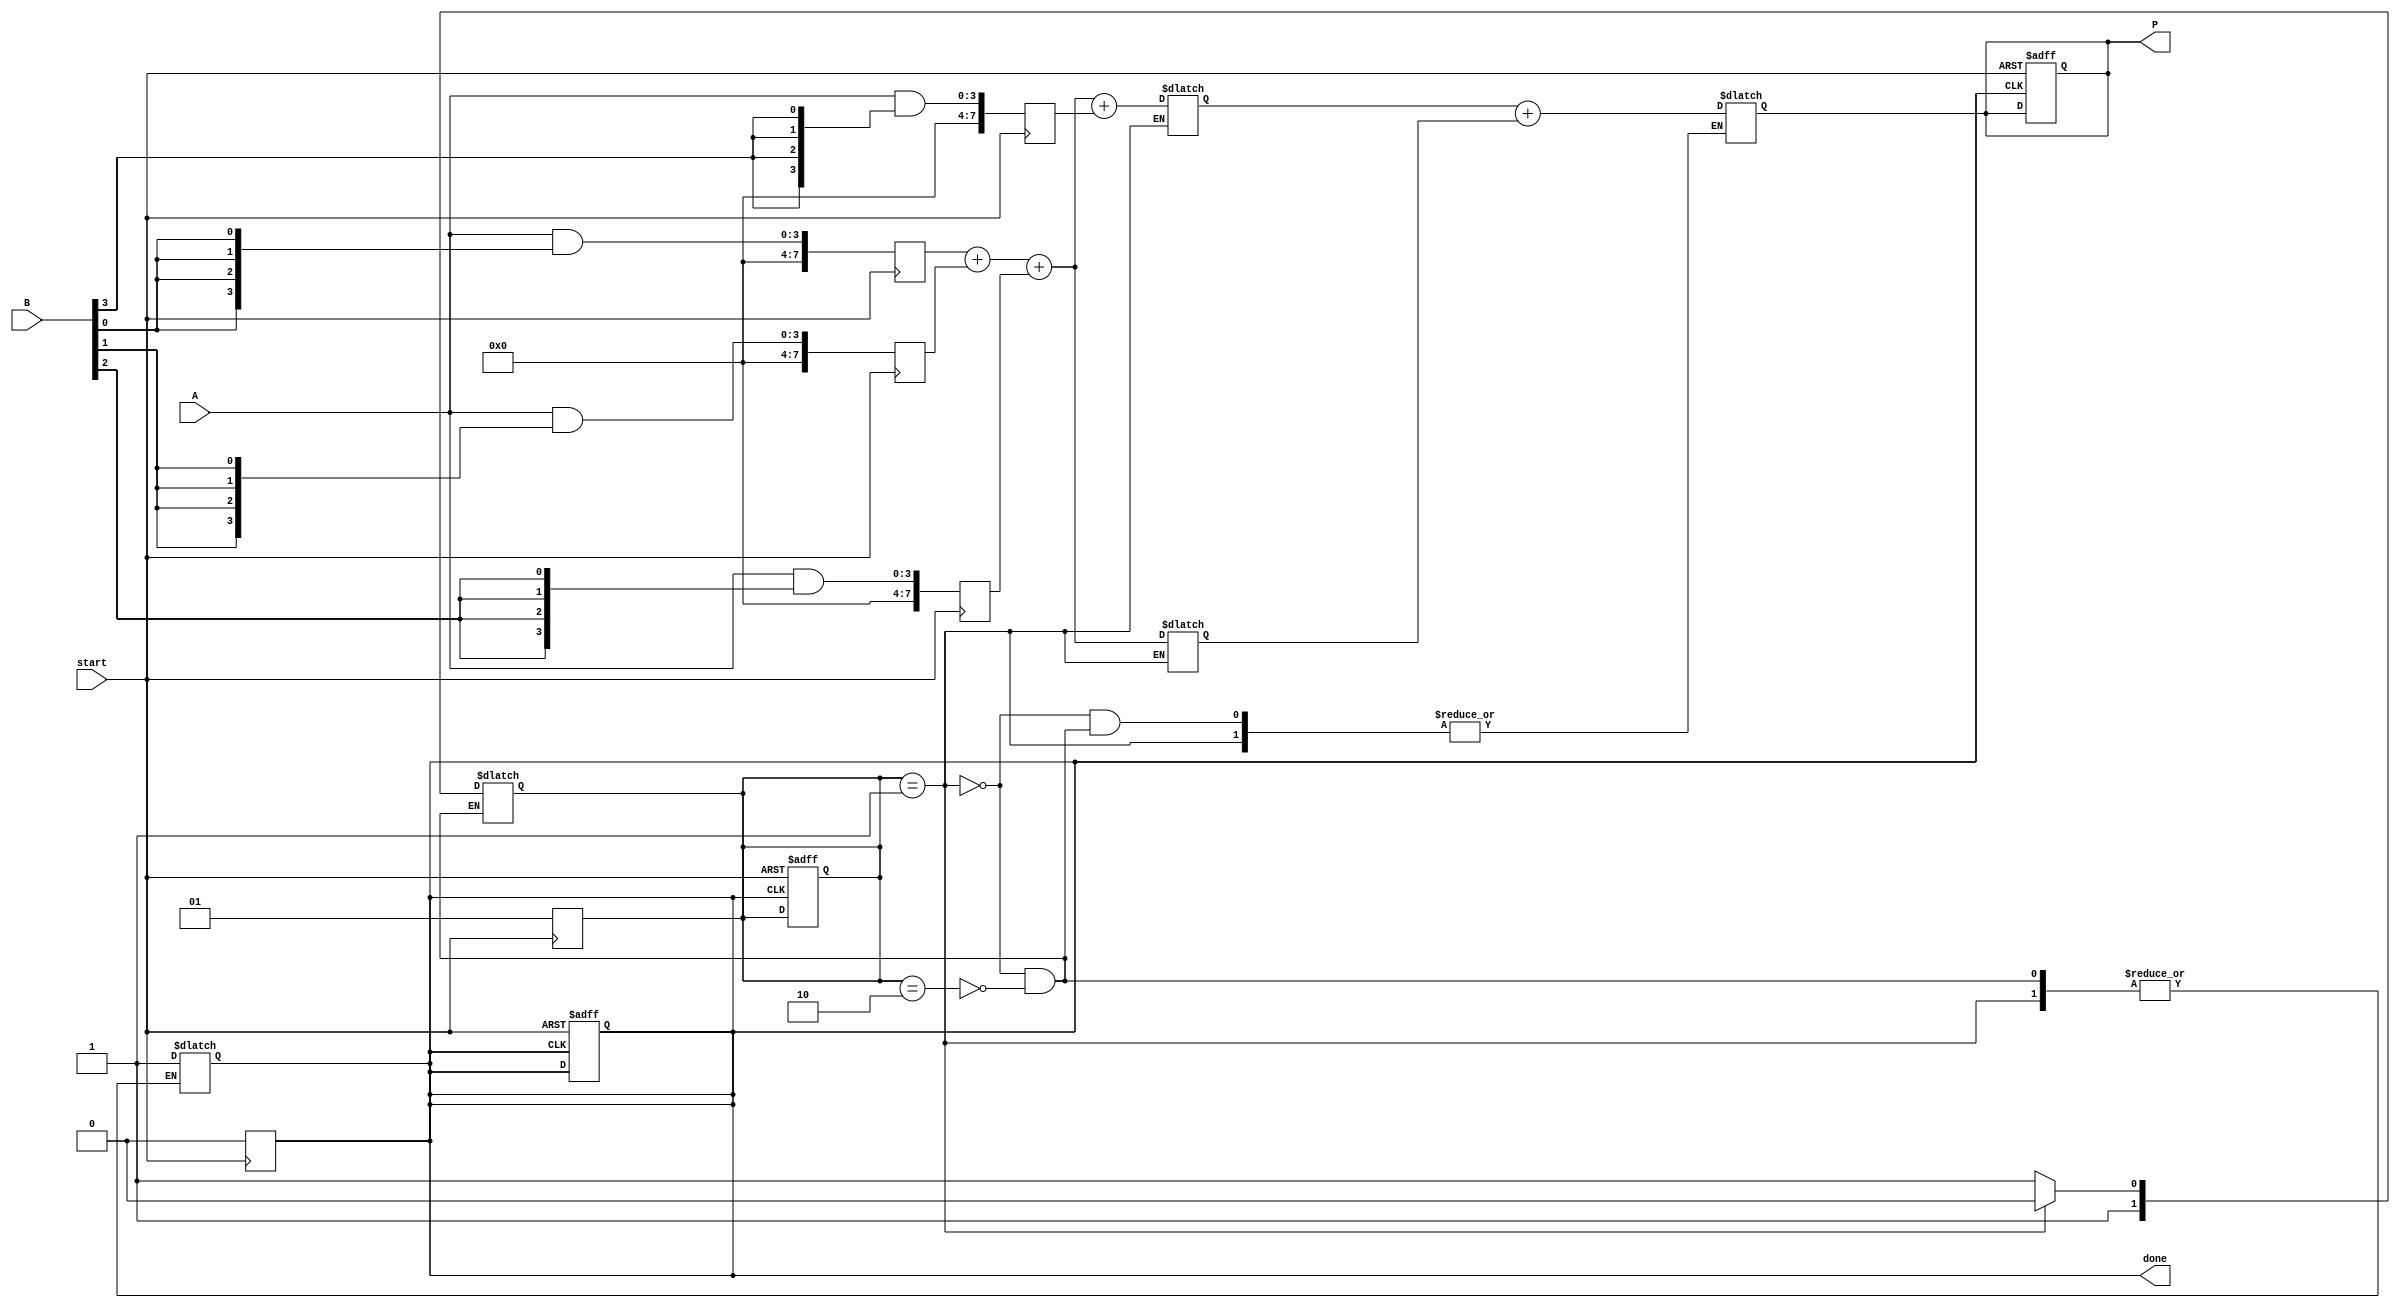
module AsynchronousWallaceTreeMultiplier #(parameter N = 4) (
    input [N-1:0] A,   // First n-bit input
    input [N-1:0] B,   // Second n-bit input
    output reg [2*N-1:0] P, // 2n-bit output product
    input start,        // Start signal for multiplication
    output reg done     // Done signal for completion
);

// Internal signals
reg [2*N-1:0] partial_products [0:N-1]; // Store partial products
reg [2*N-1:0] sum [0:N-1];               // Intermediate sums
reg [N:0] carry;                         // Carry signal for addition
integer i, j;

// State Machine for asynchronous operation
reg [1:0] state; // 00: idle, 01: generating pp, 10: summing, 11: done

// Partial Product Generation
always @(posedge start) begin
    state <= 1; // Move to partial product generation
    done <= 0;
    
    // Generate partial products
    for (i = 0; i < N; i = i + 1) begin
        partial_products[i] = A & {N{B[i]}}; // AND each bit of B with A
    end
end

// Wallace Tree Summation
always @(state) begin
    if (state == 1) begin
        // Start summing process
        for (j = 0; j < N; j = j + 1) begin
            // Simple reduction, in real case this should be more complex
            if (j == 0) 
                sum[j] = partial_products[j];
            else 
                {carry, sum[j]} = sum[j-1] + partial_products[j];

            // Check if we need to transition to next stage
            if (j == N - 1) begin
                state <= 2; // Move to final addition
            end
        end
    end else if (state == 2) begin
        // Final addition of last two sums
        P = sum[N-1] + sum[N-2]; // Final product
        done <= 1; // Signal done
        state <= 3; // Move to done state
    end
end

// Reset state
always @(posedge done or negedge start) begin
    if (!start) begin
        state <= 0; // Reset state to idle
        done <= 0; // Reset done signal
        P <= 0; // Clear product
    end
end

endmodule